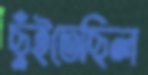
ছুঁইতেছিল